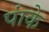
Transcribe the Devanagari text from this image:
पांके